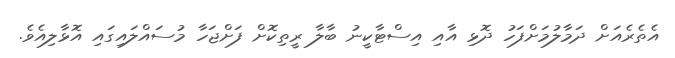
އެތެރެއަށް ދަމާލުމަށްފަހު ދޮޅި އާއި އިސްޓާކީނު ބާލާ ރީތިކޮށް ފަށްޖަހާ މުސައްލައިގައި އޮޅާލިއެވެ.